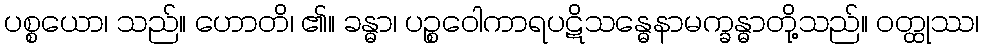
ပစ္စယော၊ သည်။ ဟောတိ၊ ၏။ ခန္ဓာ၊ ပဉ္စဝေါကာရပဋိသန္ဓေနာမက္ခန္ဓာတို့သည်။ ဝတ္ထုဿ၊